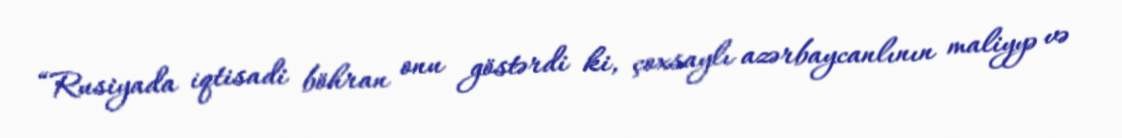
“Rusiyada iqtisadi böhran onu göstərdi ki, çoxsaylı azərbaycanlının maliyyə və